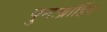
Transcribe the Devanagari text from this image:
पुनःब्रांडिंग